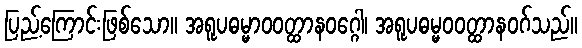
ပြည့်ကြောင်းဖြစ်သော။ အရူပဓမ္မာဝဝတ္ထာနဝဂ္ဂေါ၊ အရူပဓမ္မဝဝတ္ထာနဝဂ်သည်။